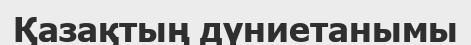
Қазақтың дүниетанымы